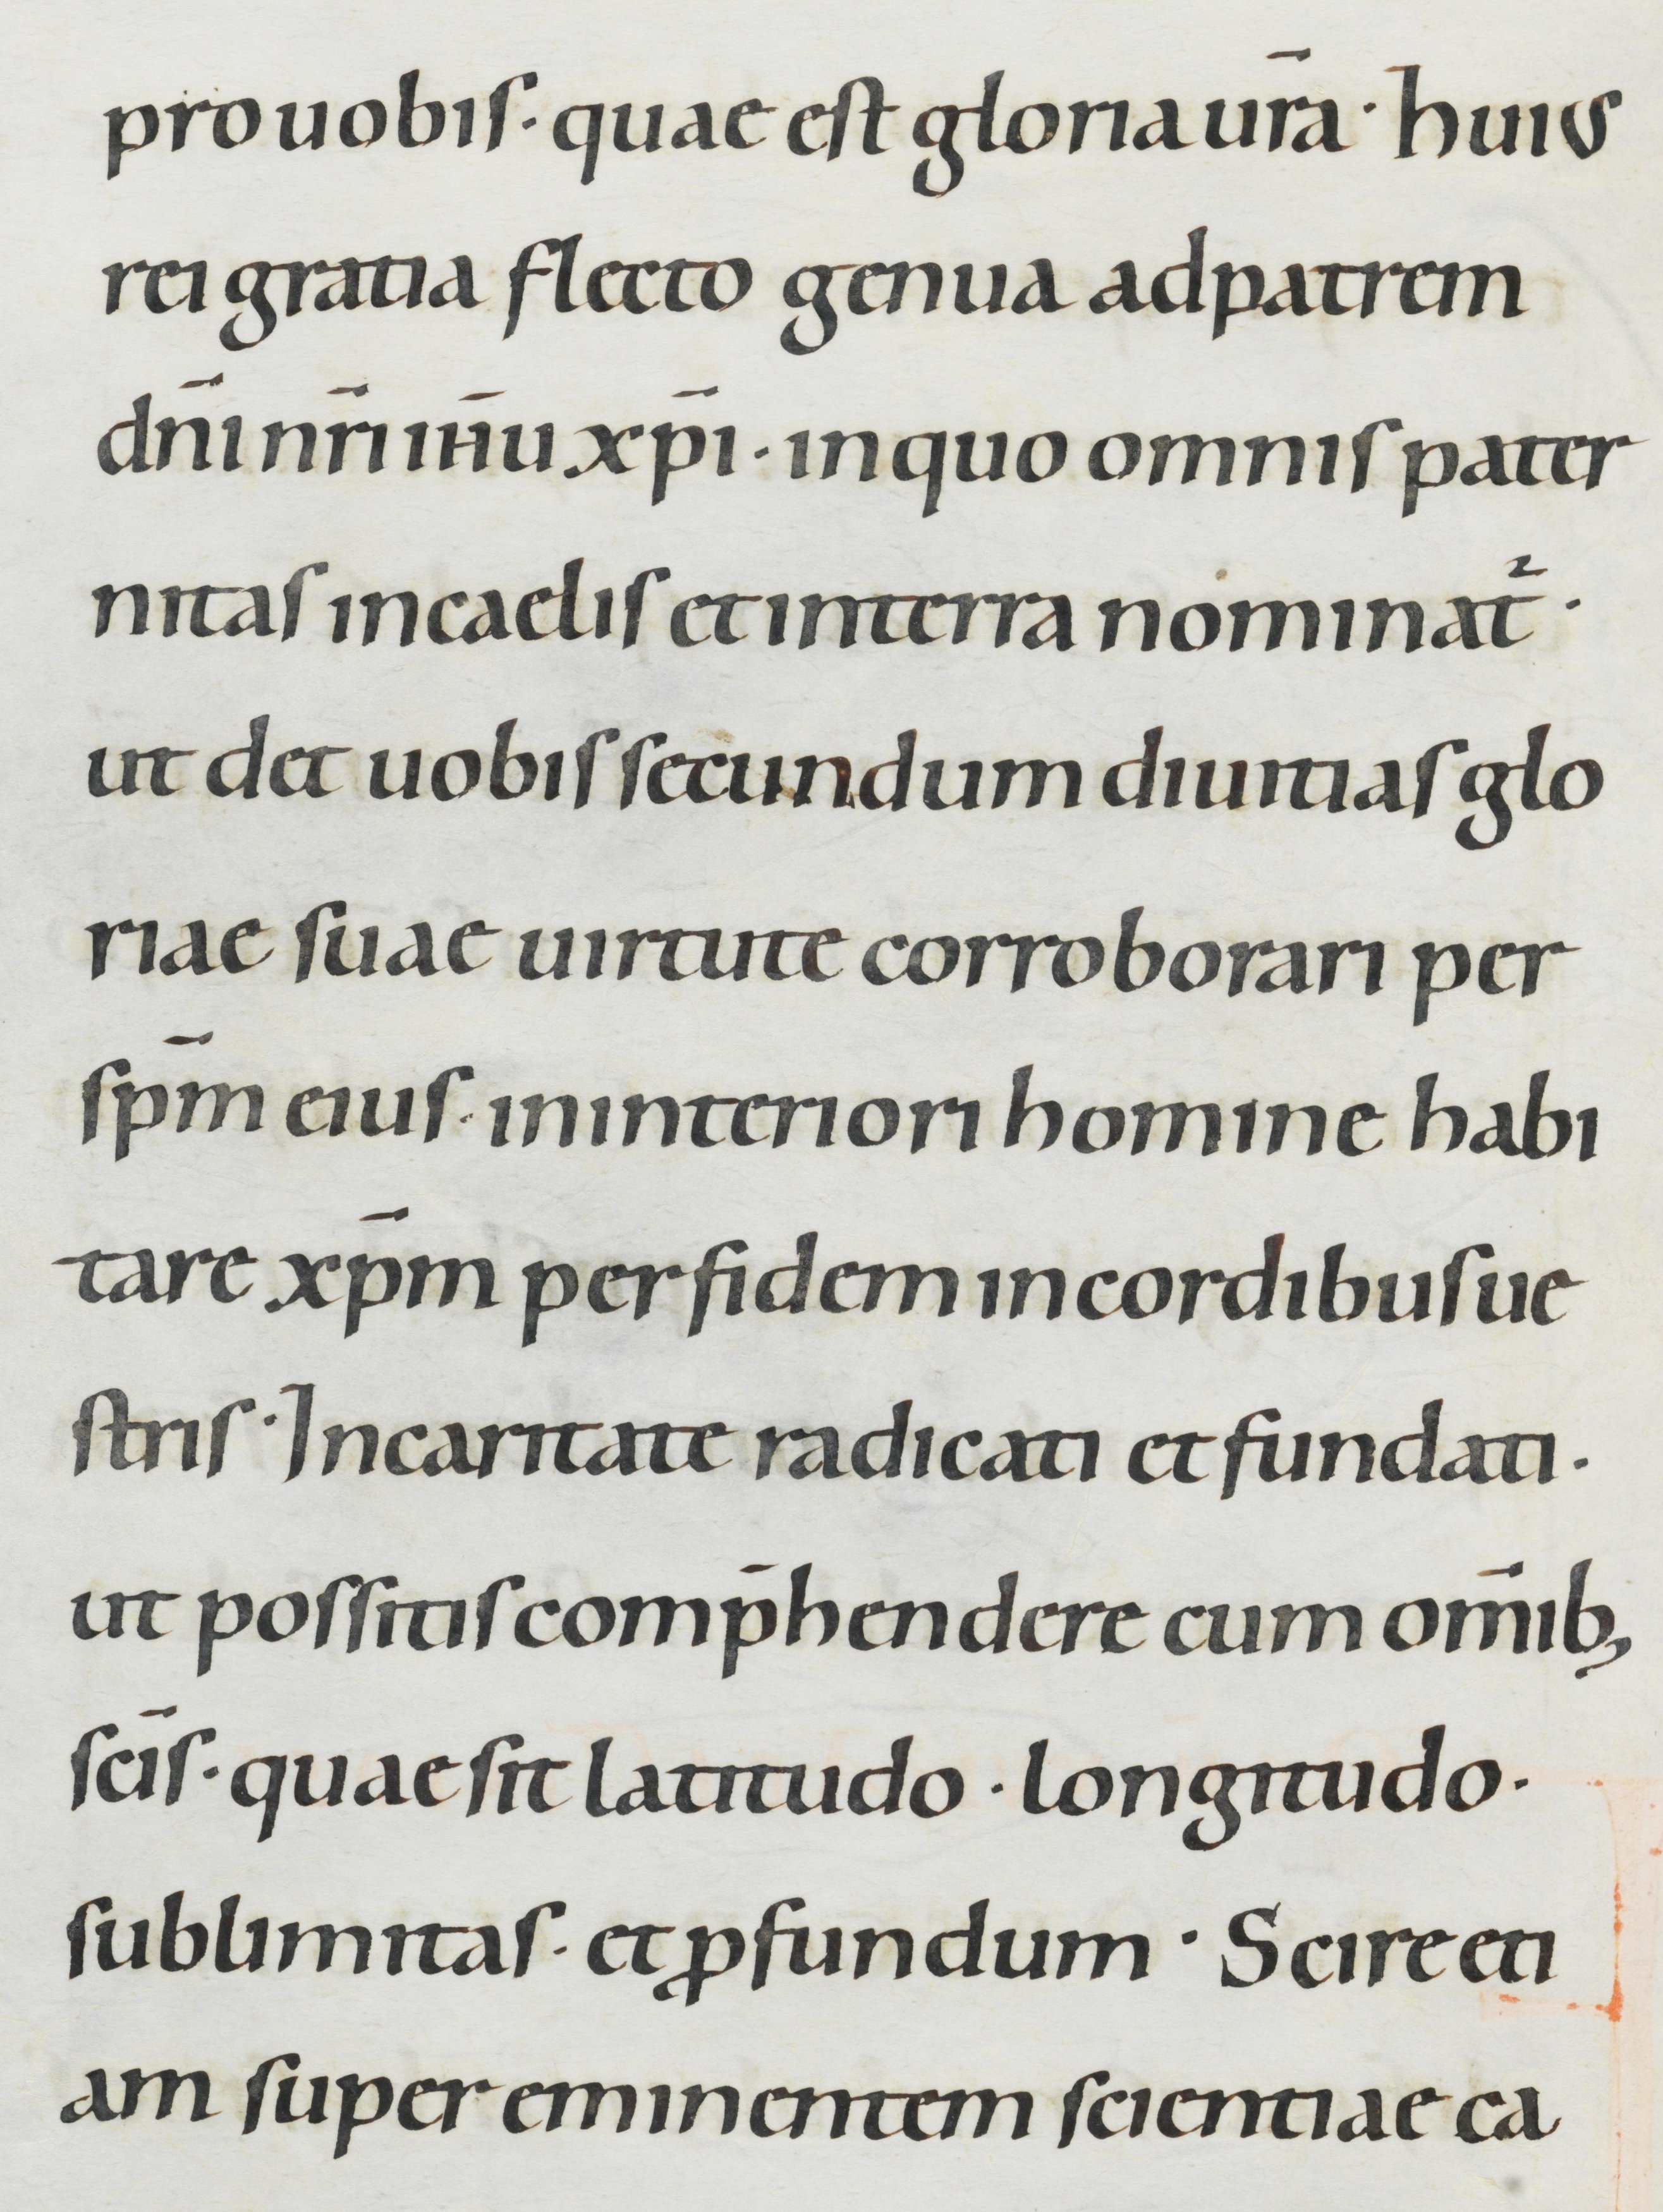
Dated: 1000–1049